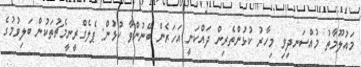
މައުލޫމާތު މުއްސަނދިވި މިހާރު ކުޅުންތެރިން ދައްކަނީ އަހަރެން ބޭނުންވާ ކުޅުން: ޕެލެގްރީނީމެޗުތަކުން ބަލިވުމުގެ